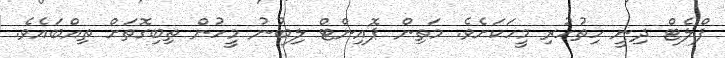
ފްލެޓް ދިނީ ހިތުހުރި މީހަކަށެވެ. މަތިން ޕޮއިންޓް ލިބުނު މީހުން ތިބިގޮތަށް ތިއްބައެވެ.